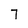
Character: 7